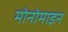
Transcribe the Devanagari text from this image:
मोनोमाइन